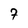
Character: 7